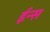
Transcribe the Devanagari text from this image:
ईन्स